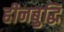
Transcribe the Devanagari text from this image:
हीनबुद्धि